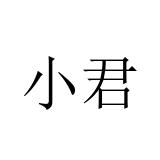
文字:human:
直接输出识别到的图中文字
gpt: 小君